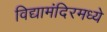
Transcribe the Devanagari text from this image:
विद्यामंदिरमध्ये